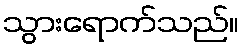
သွားရောက်သည်။